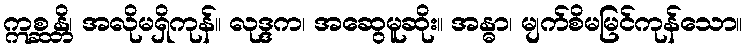
ဣစ္ဆန္တိ၊ အလိုမရှိကုန်။ လုဒ္ဒက၊ အဆွေမူဆိုး။ အန္ဓာ၊ မျက်စိမမြင်ကုန်သော။